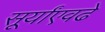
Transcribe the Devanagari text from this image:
सूर्यांएवढे